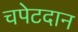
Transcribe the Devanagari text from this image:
चपेटदान